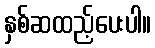
နှစ်ဆထည့်ပေးပါ။